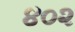
૪૦૨